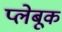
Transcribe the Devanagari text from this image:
प्लेबूक